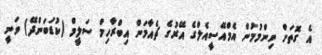
އެ ގޮތަށް ނިންމުމުން އެމްއޭސީއެލްގެ އޭރުގެ ޗެއާމަން އިބްރާހިމް ސަލީމް (ކުޑަބަންދޭ) ވަނީ